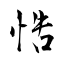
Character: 悎